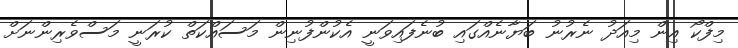
މިފްކޯ އިން މިއަދު ނެރުނު ބަޔާނެއްގައި ބުނެފައިވަނީ އެކުންފުނިން މަސައްކަތް ކުރަނީ މަސްވެރިންނަށް